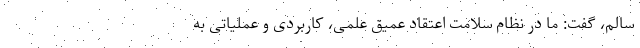
سالم، گفت: ما در نظام سلامت اعتقاد عمیق علمی، کاربردی و عملیاتی به